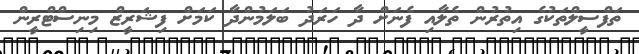
ތަފްސީލްތަކުގެ އިތުރުން ތެލާއި ފެނަށް ދާ ހަރަދު ބަލަމުންދާ ކަމަށް ފިޝަރީޒް މިނިސްޓްރީން